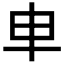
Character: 𠦆